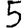
Digit: 5